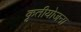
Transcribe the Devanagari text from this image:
कृतीयोजना